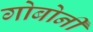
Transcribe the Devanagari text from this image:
गोबोर्नी